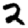
Digit: 2